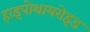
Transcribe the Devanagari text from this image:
हाइपोथायरोइड